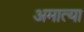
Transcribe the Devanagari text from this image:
अमात्या